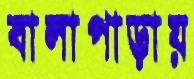
বালাপাড়ায়